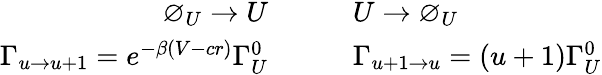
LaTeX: \begin{array}{rl}{\varnothing_{U}\to U\qquad}&{{}U\to\varnothing_{U}}\\ {\Gamma_{u\to u+1}=e^{-\beta(V-cr)}\Gamma_{U}^{0}\quad\quad}&{{}\Gamma_{u+1\to u}=(u+1)\Gamma_{U}^{0}}\end{array}